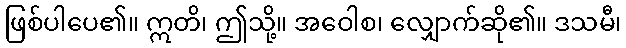
ဖြစ်ပါပေ၏။ ဣတိ၊ ဤသို့။ အဝေါစ၊ လျှောက်ဆို၏။ ဒသမီ၊